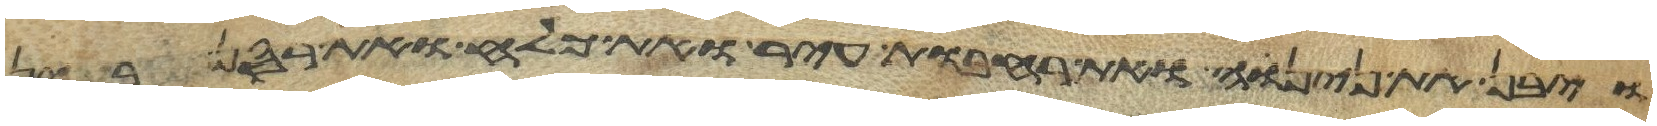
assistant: ויבן את נינוה ואת רחבות עיר ואת כלח ואת רסן